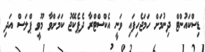
ޑިސްކައުންޓް ދިނުމަށް ހަމަޖެހިފައި ވަނީ އެކްސްޓްރާ ދެޕެކޭޖު ކަމަށްވާ މޫވީ ޕްލަސް އަދި